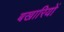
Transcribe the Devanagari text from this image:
बखारियों